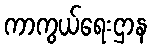
ကာကွယ်ရေးဌာန